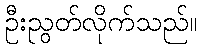
ဦးညွတ်လိုက်သည်။